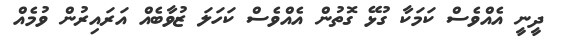
ދީނީ އެއްވެސް ކަމަކާ ގުޅޭ ގޮތުން އެއްވެސް ކަހަލަ ޒުވާބެއް އަރައިރުން ވުމެއް